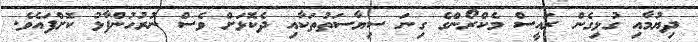
ދިޔުމާއި ގުޅިގެން ރައީސް މެކްރޯންގެ ގިނަ ސިޔާސަތުތަކާއި ދެކޮޅަށް ވެސް ނުރުހުންފާޅު ކޮށްފައެވެ.